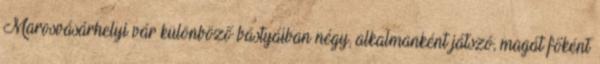
Marosvásárhelyi vár különböző bástyáiban négy, alkalmanként játszó, magát főként